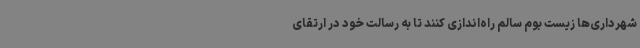
شهرداری‌ها زیست بوم سالم راه‌اندازی کنند تا به رسالت خود در ارتقای